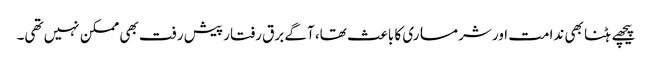
پیچھے ہٹنا بھی ندامت اور شرمساری کا باعث تھا، آگے برق رفتار پیش رفت بھی ممکن نہیں تھی۔